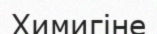
Химигіне